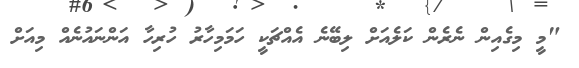
"މީ މިގެއިން ނެރެން ކަލެއަށް ލިބޭނެ އެއްޗަކީ ހަމަމިހާރު ހުރިހާ އަންނައުނެއް މިއަށް